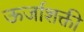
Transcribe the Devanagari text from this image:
ऊर्जाशक्ती